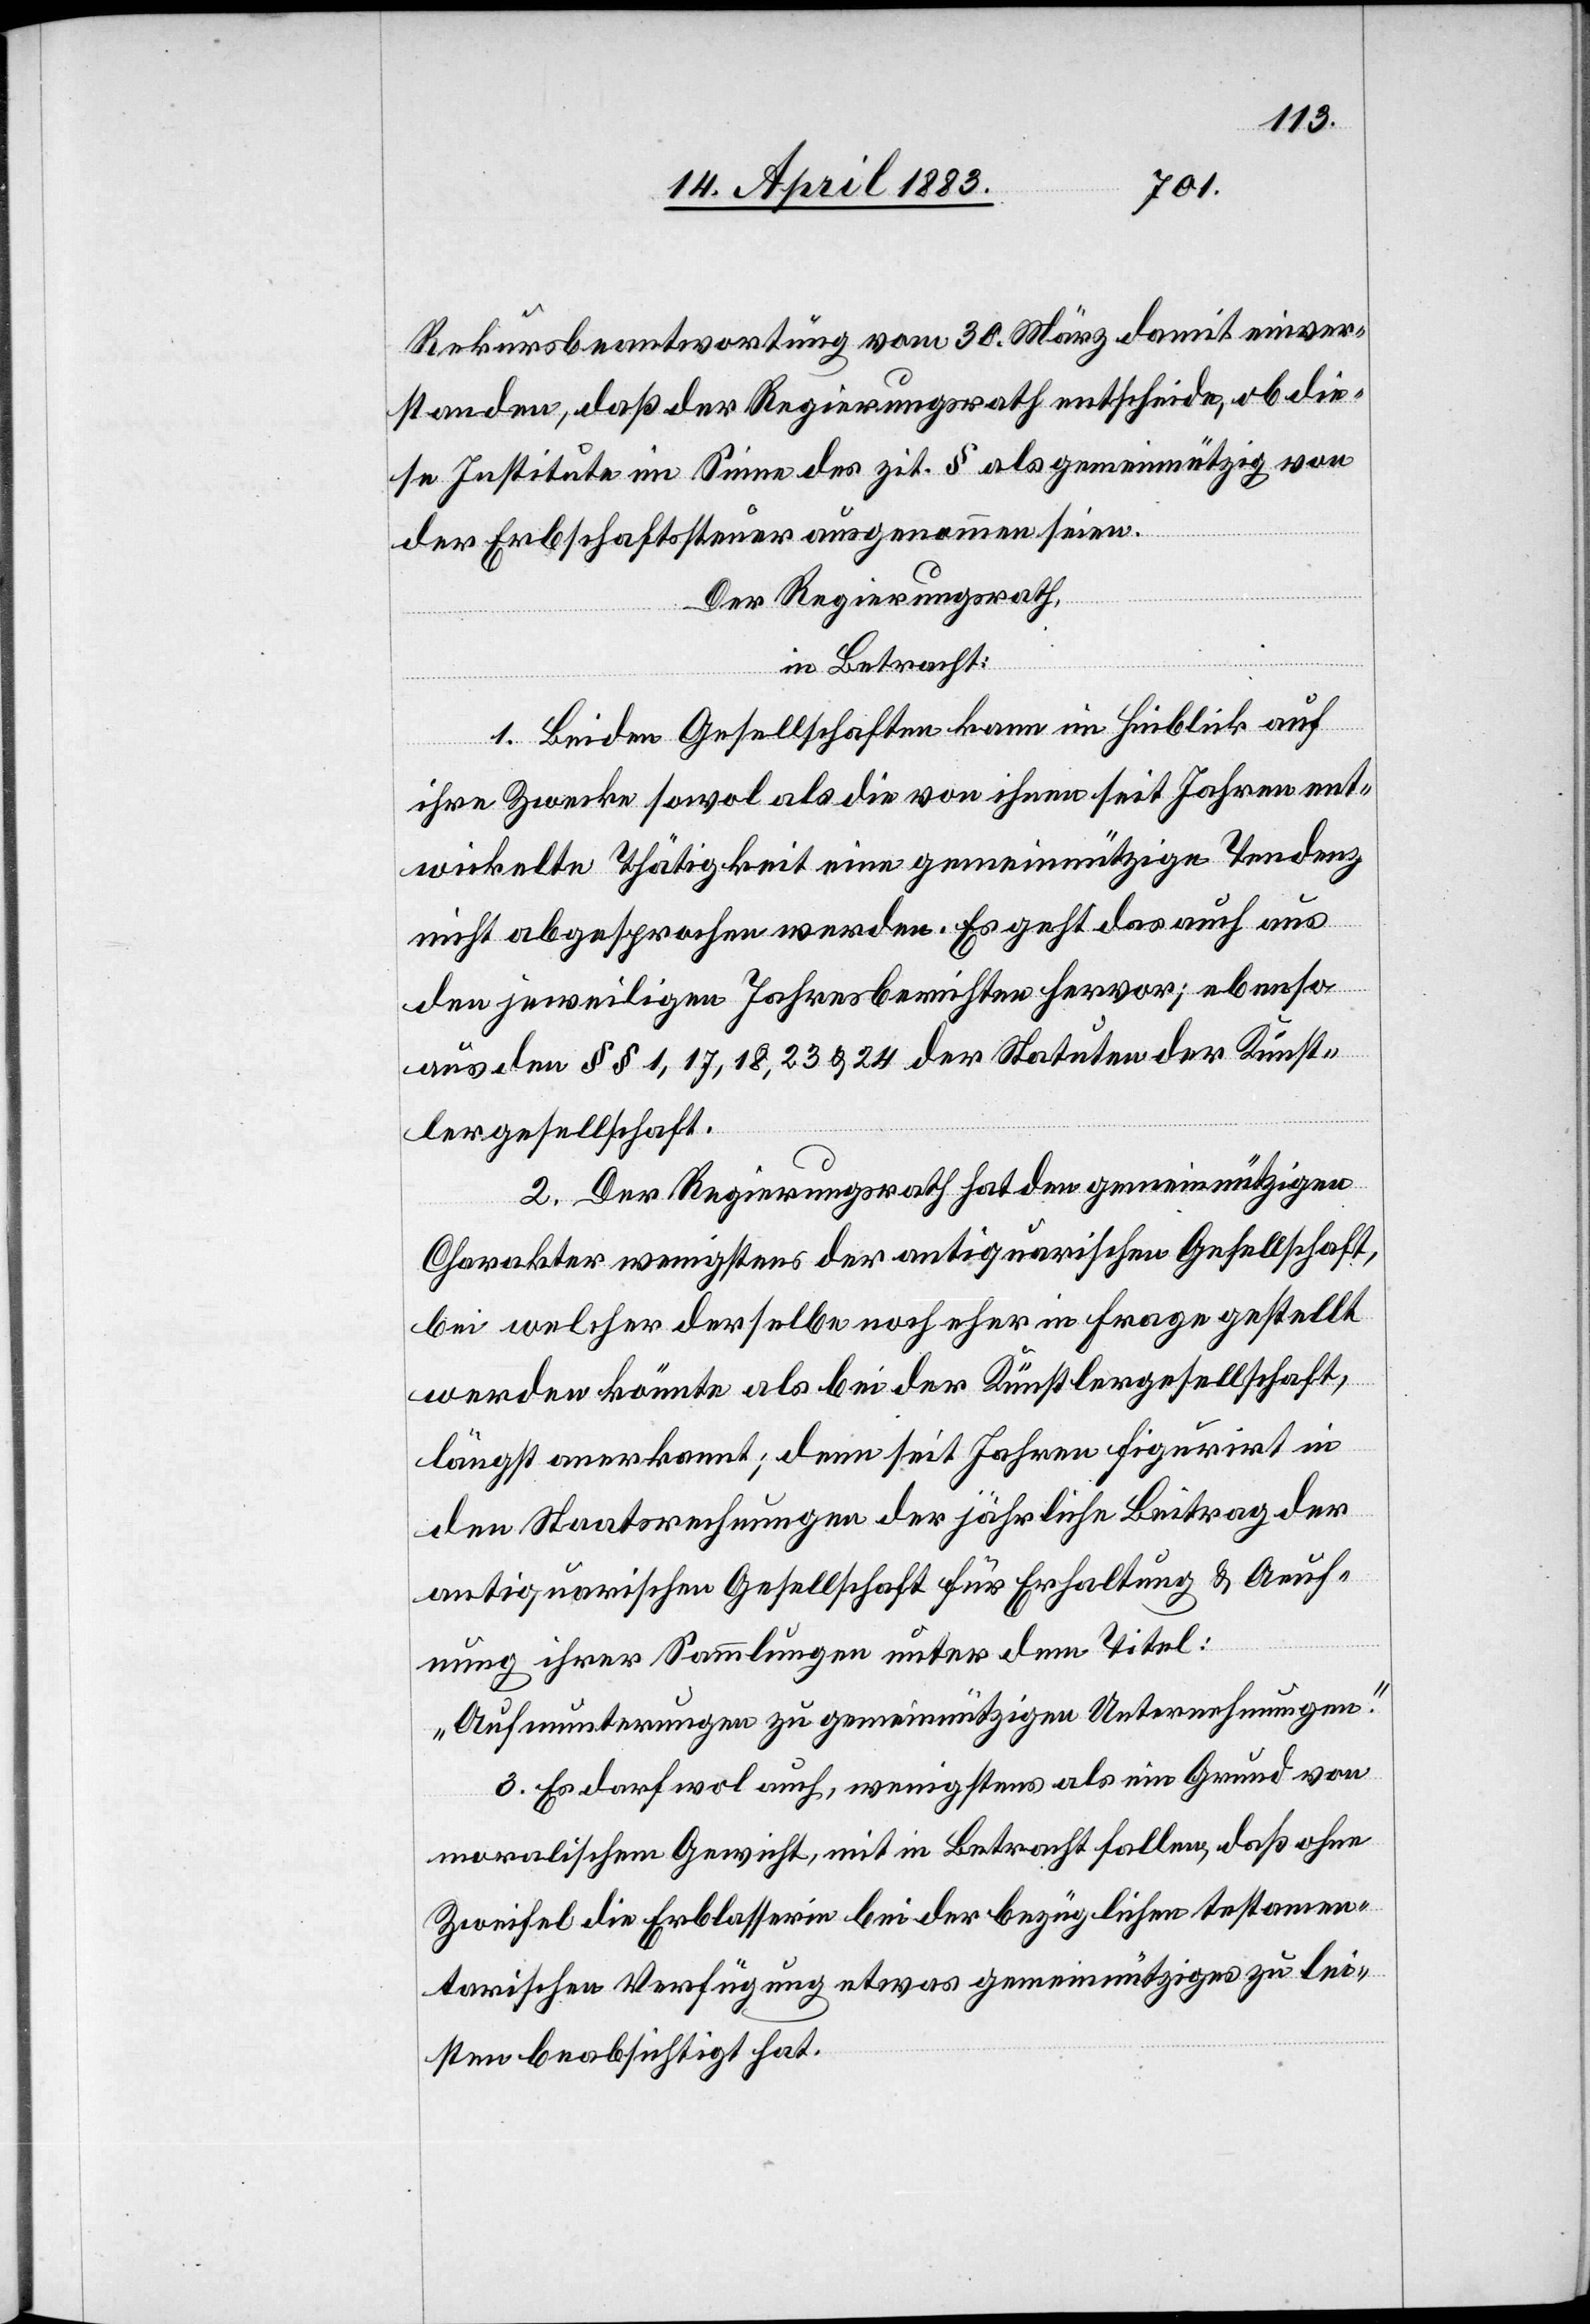
Rekursbeantwortung vom 30. März damit einver¬
standen, daß der Regierungsrath entscheide, ob die¬
se Institute im Sinne des zit. § als gemeinnützig von
der Erbschaftssteuer ausgenommen seien.
Der Regierungsrath,
in Betracht:
1. Bei den Gesellschaften kann im Hinblick auf
ihre Zwecke sowol als die von ihnen seit Jahren ent¬
wickelte Thätigkeit eine gemeinnützige Tendenz
nicht abgesprochen werden. Es geht das auch aus
den jeweiligen Jahresberichten hervor; ebenso
aus den §§ 1, 17, 29, 23 & 24 der Statuten der Künst¬
lergesellschaft.
2. Der Regierungsrath hat den gemeinnützigen
Charakter wenigstens der antiquarischen Gesellschaft,
bei welcher derselbe noch eher in Frage gestellt
werden könnte als bei der Künstlergesellschaft,
längst anerkannt, denn seit Jahren figurirt in
den Staatsrechnungen der jährliche Beitrag der
antiquarischen Gesellschaft für Erhaltung & Aeuf¬
nung ihrer Sammlungen unter dem Titel:
„Aufmunterungen zu gemeinnützigen Unternehmungen.“
3. Es darf wol auch, wenigstens als ein Grund von
moralischem Gewicht, mit in Betracht fallen, daß ohne
Zweifel die Erblasserin bei der bezüglichen testamen¬
tarischen Verfügung etwas Gemeinnütziges zu lei¬
sten beabsichtigt hat.